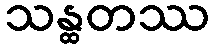
သန္ထတဿ